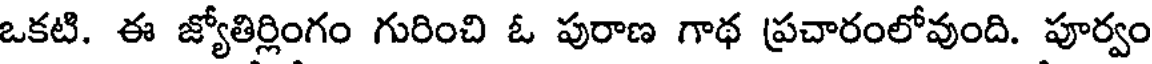
ఒకటి. ఈ జ్యోతిర్లింగం గురించి ఓ పురాణ గాథ ప్రచారంలోవుంది. పూర్వం